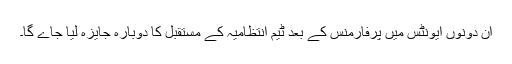
ان دونوں ایونٹس میں پرفارمنس کے بعد ٹیم انتظامیہ کے مستقبل کا دوبارہ جایزہ لیا جاے گا۔